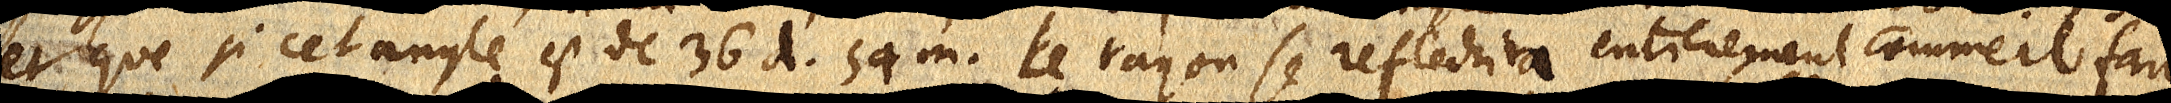
et que si cet angle est de 36 d. 54 m. le rayon se reflechira entierement comme il fait